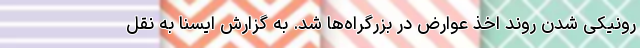
رونیکی شدن روند اخذ عوارض در بزرگراه‌ها شد. به گزارش ایسنا به نقل